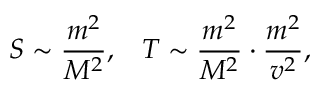
S \sim { \frac { m ^ { 2 } } { M ^ { 2 } } } , \, \, \, \, \, T \sim { \frac { m ^ { 2 } } { M ^ { 2 } } } \cdot { \frac { m ^ { 2 } } { v ^ { 2 } } } ,